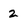
Character: 2